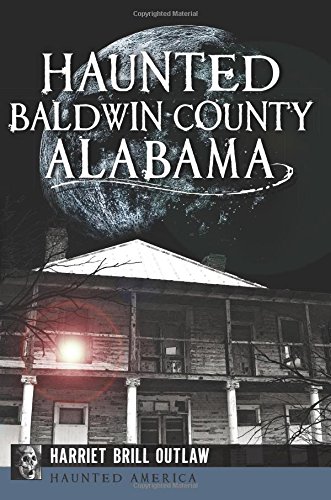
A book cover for Haunted Baldwin County, Alabama (Haunted America); Harriet Brill Outlaw; Religion & Spirituality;